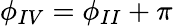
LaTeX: \phi_{IV}=\phi_{II}+\pi